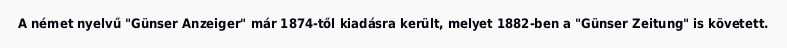
A német nyelvű "Günser Anzeiger" már 1874-től kiadásra került, melyet 1882-ben a "Günser Zeitung" is követett.